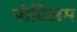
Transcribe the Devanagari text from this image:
पोडिअम